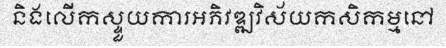
និងលើកស្ទួយការអភិវឌ្ឍវិស័យកសិកម្មនៅ